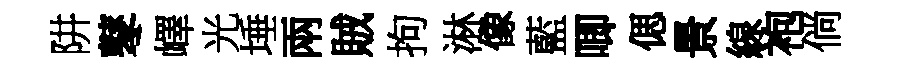
阱鼕嶧光埵兩賊拘淋像藍唧偲景線袍倘